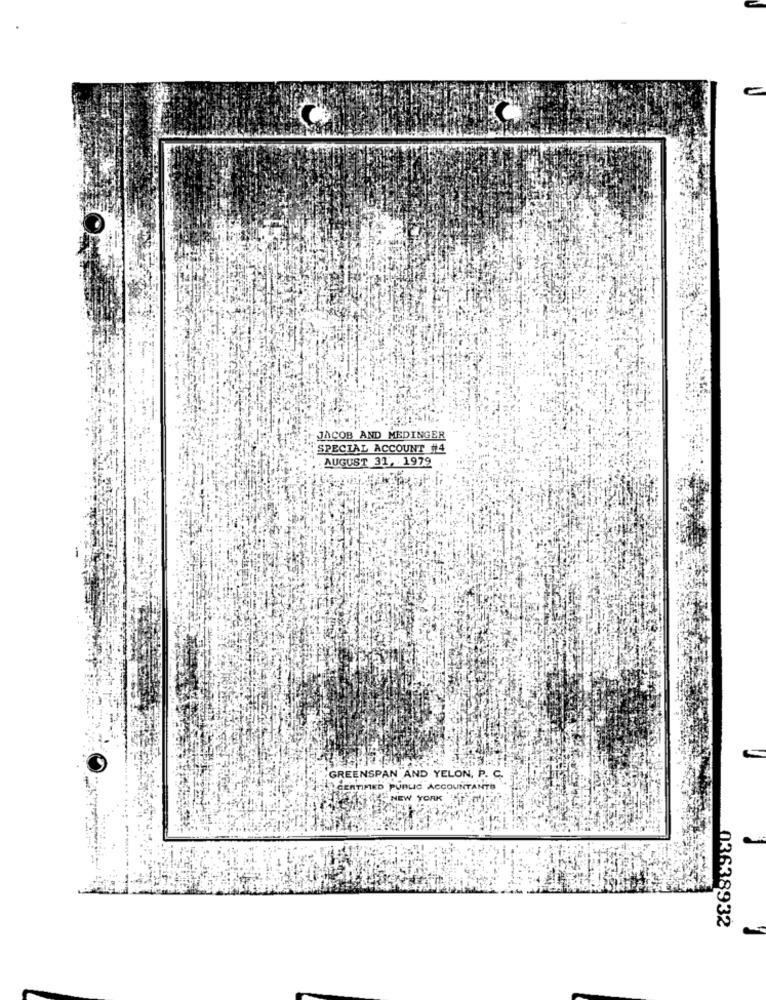
C
JACOB AND MEDINGER
SPECIAL ACCOUNT #4
AUGUST 31, 1979
GREENSPAN AND YELON. P. C.
ILY GERTIMED PUBLIC ACCOUNTANTS
SHE NEW YORK E AVAT?
03638932